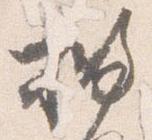
披